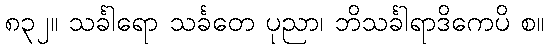
၈၃၂။ သင်္ခါရော သင်္ခတေ ပုညာ၊ ဘိသင်္ခါရာဒိကေပိ စ။